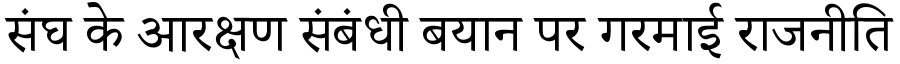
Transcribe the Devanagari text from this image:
संघ के आरक्षण संबंधी बयान पर गरमाई राजनीति